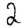
Digit: 2